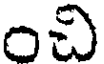
ంచి